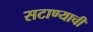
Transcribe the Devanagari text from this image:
सटाण्याची